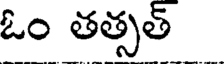
ఓం తత్సత్